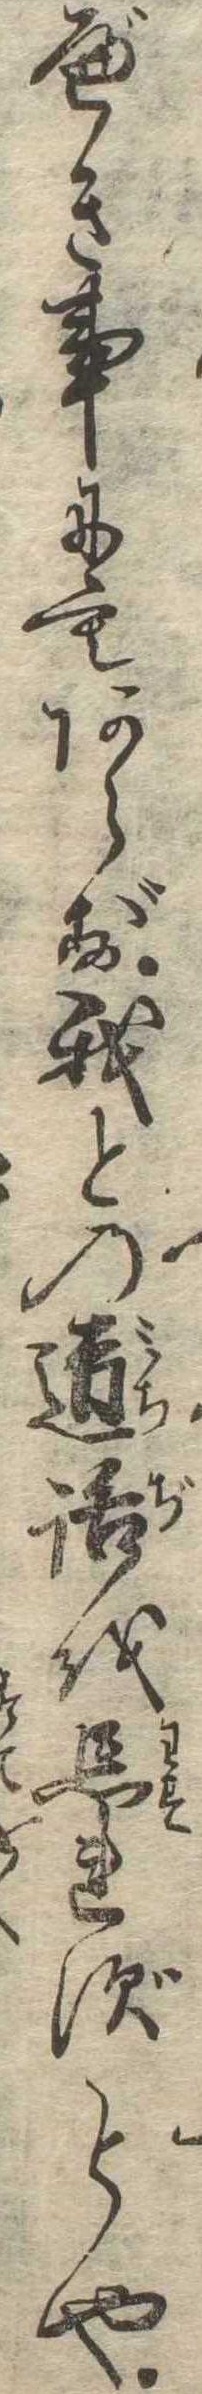
べき事にもあらず我との道路を忘れずとや